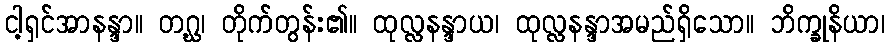
ငါ့ရှင်အာနန္ဒာ။ တဂ္ဃ၊ တိုက်တွန်း၏။ ထုလ္လနန္ဒာယ၊ ထုလ္လနန္ဒာအမည်ရှိသော။ ဘိက္ခုနိယာ၊